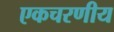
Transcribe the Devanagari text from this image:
एकचरणीय